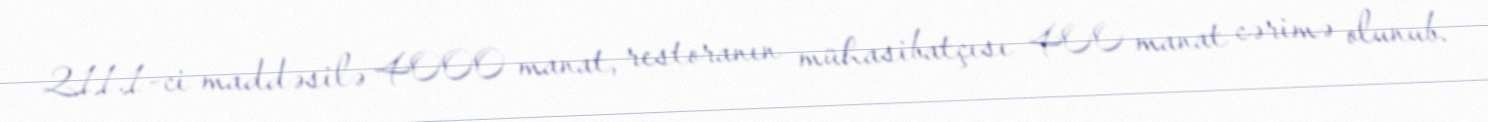
211.1-ci maddəsilə 4000 manat, restoranın mühasibatçısı 400 manat cərimə olunub.